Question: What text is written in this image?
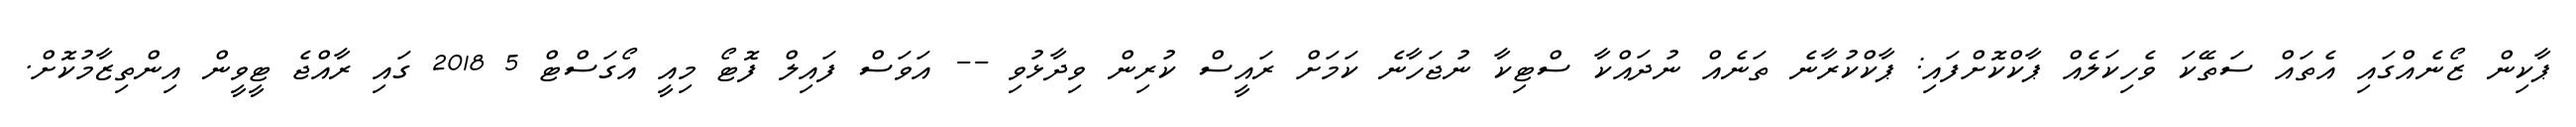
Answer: ޕާކިން ޒޯނެއްގައި އެތައް ސަތޭކަ ވެހިކަލެއް ޕާކްކޮށްފައި: ޕާކްކުރާނެ ތަނެއް ނުދައްކާ ސްޓިކާ ނުޖަހާނެ ކަމަށް ރައީސް ކުރިން ވިދާޅުވި -- އަވަސް ފައިލް ފޮޓޯ މިއީ އޯގަސްޓް 5 2018 ގައި ރާއްޖެ ޓީވީން އިންތިޒާމުކޮށް.